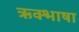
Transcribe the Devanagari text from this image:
ऋक्भाषा